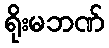
ရိုးမဘဏ်